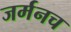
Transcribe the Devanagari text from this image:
जर्मनच